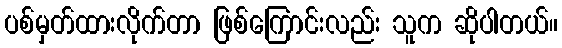
ပစ်မှတ်ထားလိုက်တာ ဖြစ်ကြောင်းလည်း သူက ဆိုပါတယ်။